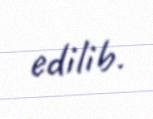
edilib.